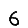
Digit: 6